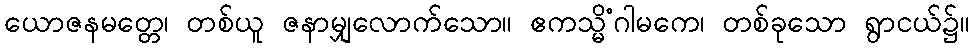
ယောဇနမတ္တေ၊ တစ်ယူ ဇနာမျှလောက်သော။ ဧကသ္မိံဂါမကေ၊ တစ်ခုသော ရွာငယ်၌။